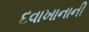
દવાખાનાની